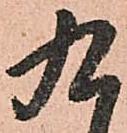
九